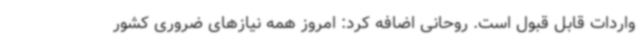
واردات قابل قبول است. روحانی اضافه کرد: امروز همه نیازهای ضروری کشور